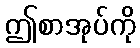
ဤစာအုပ်ကို